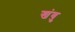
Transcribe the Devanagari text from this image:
खंबु